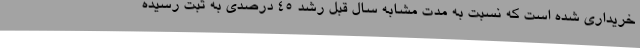
خریداری شده است که نسبت به مدت مشابه سال قبل رشد 45 درصدی به ثبت رسیده